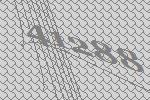
41288